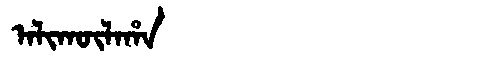
Manchu: ᠠᠯᡳᡴᡡᠯᠠᡥᠠ
Romanization: ALIKŪLAHA